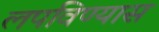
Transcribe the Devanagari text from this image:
लपविण्यास